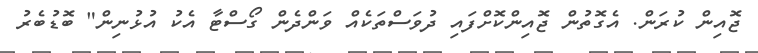
ޖޮއިން ކުރަން. އެގޮތުން ޖޮއިންކޮށްފައި ދުވަސްތަކެއް ވަންދެން ގޯސްޓާ އެކު އުޅުނިން" ބޮޑުބެރު